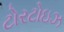
ટોરટોઇઝ